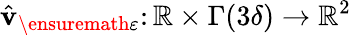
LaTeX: \hat{\mathbf{v}}_{\ensuremath{\varepsilon}}\colon\mathbb{R}\times\Gamma(3\delta)\rightarrow\mathbb{R}^{2}